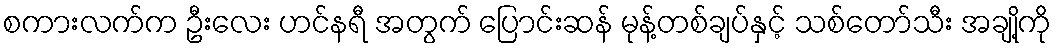
စကားလက်က ဦးလေး ဟင်နရီ အတွက် ပြောင်းဆန် မုန့်တစ်ချပ်နှင့် သစ်တော်သီး အချို့ကို